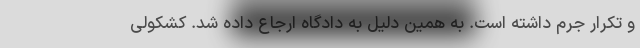
و تکرار جرم داشته است. به همین دلیل به دادگاه ارجاع داده شد. کشکولی